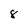
Character: 8